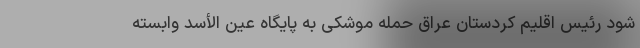
شود رئیس اقلیم کردستان عراق حمله موشکی به پایگاه عین الأسد وابسته